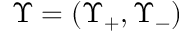
\Upsilon = ( \Upsilon _ { + } , \Upsilon _ { - } )